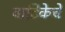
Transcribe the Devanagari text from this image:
वाटिकेचे